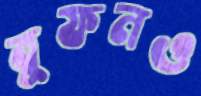
বুফনও